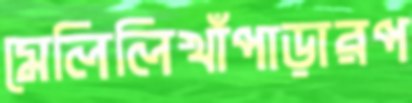
মেলিলিখাঁপাড়ারপ